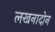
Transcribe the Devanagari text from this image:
लखनादोन